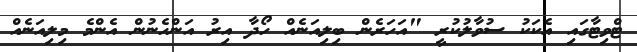
ޓްވިޓާގައި އެކަކު ސުވާލުކުރީ "އަހަރެން ބިލިއަނެއް ހޯދާ އިރު އަންހެނުން އެންމެ މިލިއަނެއް